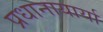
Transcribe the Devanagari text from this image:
प्रधानायार्या